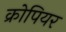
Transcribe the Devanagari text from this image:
क्रोपियर